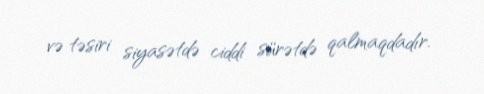
və təsiri siyasətdə ciddi sürətdə qalmaqdadır.